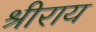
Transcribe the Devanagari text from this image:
श्रीराय